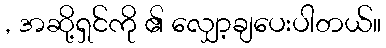
, အဆို့ရှင်ကို ၏ လျှော့ချပေးပါတယ်။